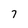
Character: 7